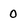
Character: 0